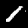
Digit: 1